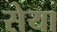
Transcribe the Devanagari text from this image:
सेया